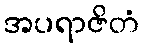
အပရာဇိတံ